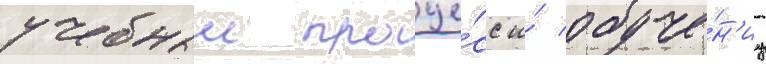
учебныи проце́сс и́ обуче́н'иу